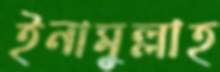
ইনামুল্লাহ